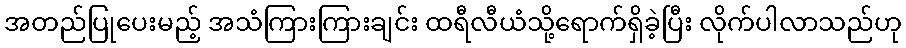
အတည်ပြုပေးမည့် အသံကြားကြားချင်း ထရီလီယံသို့ရောက်ရှိခဲ့ပြီး လိုက်ပါလာသည်ဟု